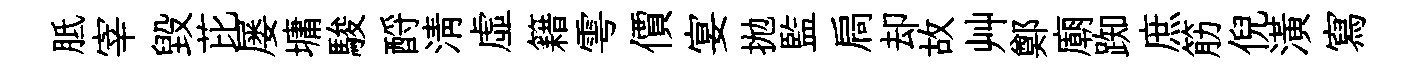
胝宰毁芘屡墉駿酹清虛籍雩價宴拋監扃却故艸鄭廟踟庶筋倪潢寫